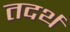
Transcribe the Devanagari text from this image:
तदर्थं